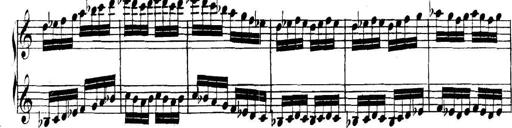
Title: Collected Piano Sonatas
Composer: Muzio Clementi